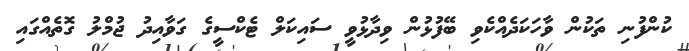
ކުންފުނި ތަކުން ވާހަކަދެއްކެވި ބޭފުޅުން ވިދާޅުވީ ސައިކަލް ޓެކްސީގެ ގަވާއިދު ޖުމްލު ގޮތެއްގައި